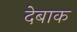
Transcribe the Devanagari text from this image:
देबाक